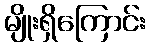
မျိုးရှိကြောင်း